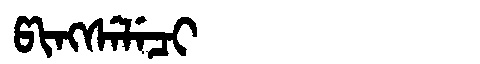
Manchu: ᡦᡳᠩᠰᡝᠯᡝᠴᡳ
Romanization: PINGSELECI